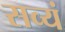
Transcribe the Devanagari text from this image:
सव्यं